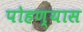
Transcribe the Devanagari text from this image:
पोहण्यास